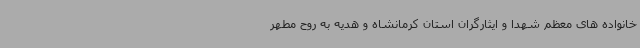
خانواده های معظم شهدا و ایثارگران استان کرمانشاه و هدیه به روح مطهر